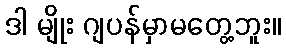
ဒါ မျိုး ဂျပန်မှာမတွေ့ဘူး။